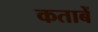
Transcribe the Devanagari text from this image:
कताबें